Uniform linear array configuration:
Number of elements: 16
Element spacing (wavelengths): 0.25
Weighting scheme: exponential
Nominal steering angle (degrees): -30
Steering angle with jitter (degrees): -30.806
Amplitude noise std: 0.05
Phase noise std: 0.05

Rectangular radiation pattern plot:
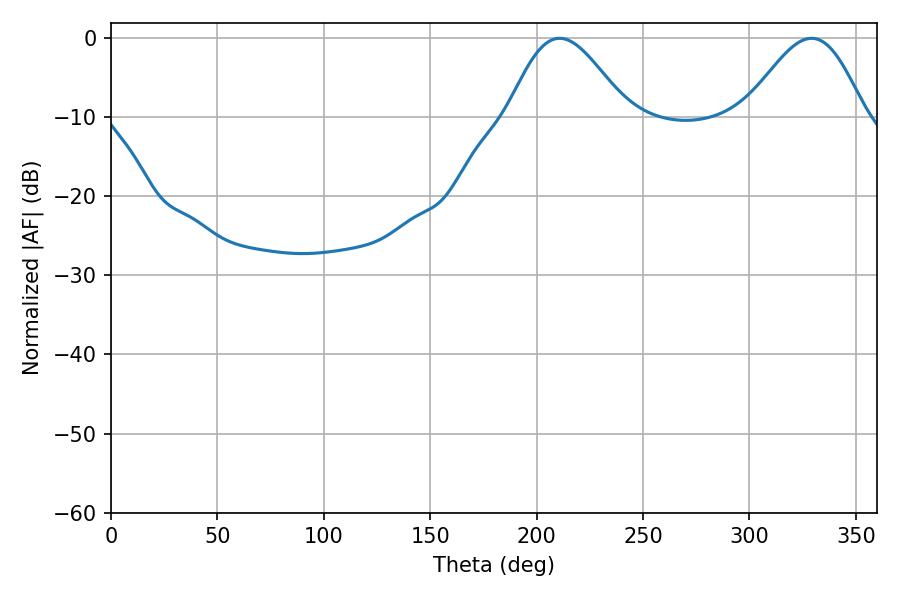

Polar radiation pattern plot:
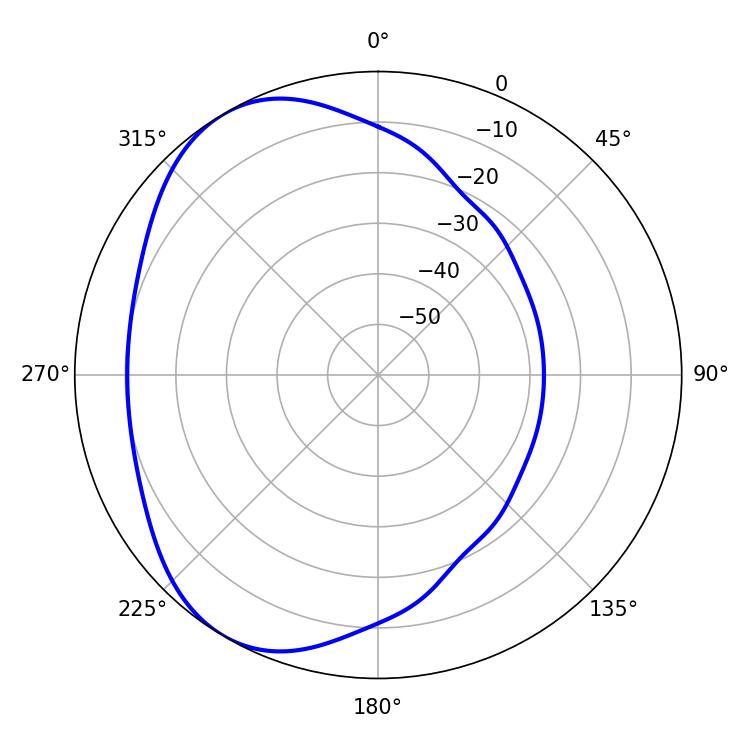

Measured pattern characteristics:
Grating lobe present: FALSE
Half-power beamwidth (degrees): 29.7
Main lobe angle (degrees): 210.78